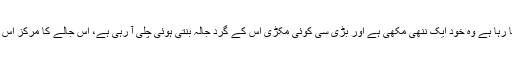
وہ مکڑی کے جالوں میں الجھتا جا رہا ہے وہ خود ایک ننھی مکھی ہے اور بڑی سی کوئی مکڑی اس کے گرد جالہ بنتی ہوئی چلی آ رہی ہے، اس جالے کا مرکز اس کی پینٹ کی خالی دائیں جیب ہے۔